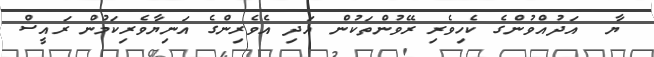
ޔާ  އަދުއްވުންގެ ކެހިވެރި ރޭވުންތަކުން އަދި އެވެރިންގެ އަނިޔާވެރިކަމުން ރައީސް